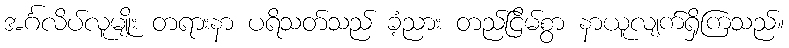
အင်္ဂလိပ်လူမျိုး တရားနာ ပရိသတ်သည် ခံ့ညား တည်ငြိမ်စွာ နာယူလျက်ရှိကြသည်။